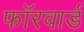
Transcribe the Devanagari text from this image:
फॉरवार्ड